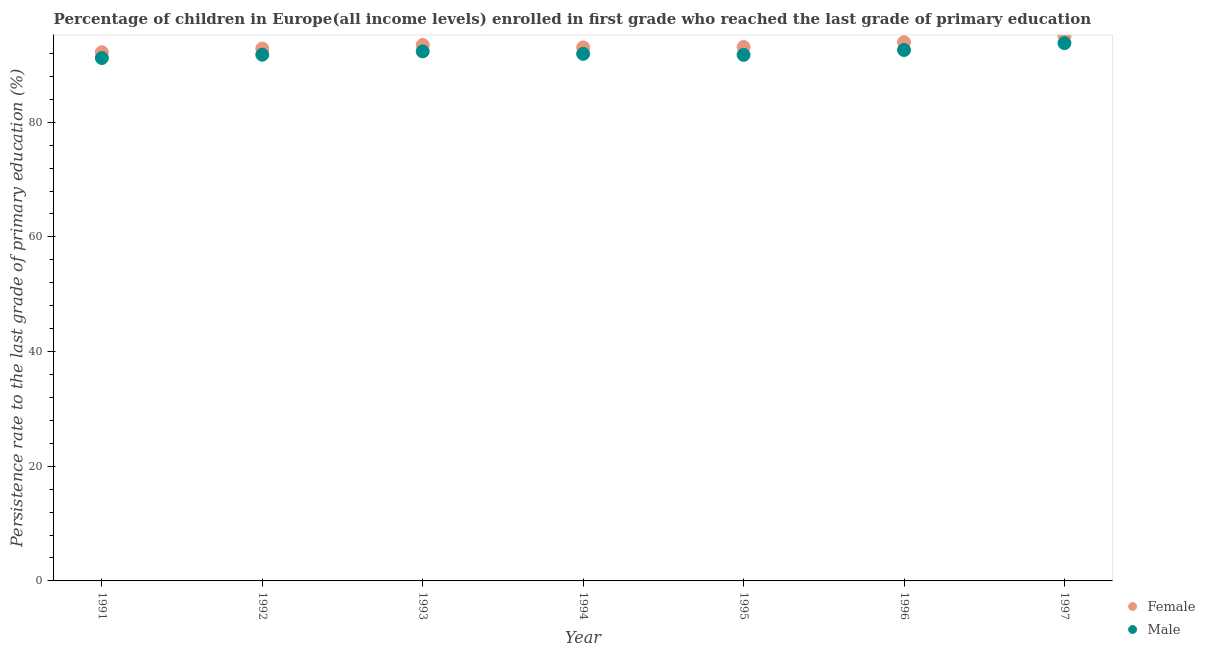
| Year | Female | Male |
 | --- | --- | --- |
 | 1991 | 92.2 | 91.2 |
 | 1992 | 92.8 | 91.8 |
 | 1993 | 93.5 | 92.3 |
 | 1994 | 93 | 91.9 |
 | 1995 | 93.1 | 91.7 |
 | 1996 | 93.9 | 92.6 |
 | 1997 | 95 | 93.8 |